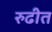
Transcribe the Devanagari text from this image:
रुढीत